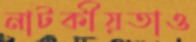
নাটকীয়তাও